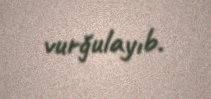
vurğulayıb.